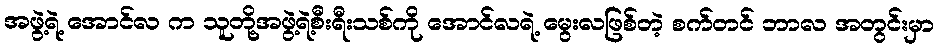
အဖွဲ့ရဲ့ အောင်လ က သူတို့အဖွဲ့ရဲ့စီးရီးသစ်ကို အောင်လရဲ့ မွေးလဖြစ်တဲ့ စက်တင် ဘာလ အတွင်းမှာ